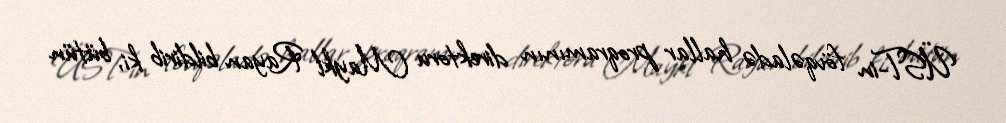
ÜST-in fövqəladə hallar proqramının direktoru Maykl Rayan bildirib ki, bütün